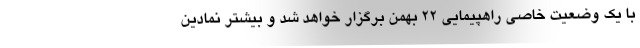
با یک وضعیت خاصی راهپیمایی ۲۲ بهمن برگزار خواهد شد و بیشتر نمادین